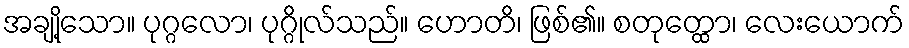
အချို့သော။ ပုဂ္ဂလော၊ ပုဂ္ဂိုလ်သည်။ ဟောတိ၊ ဖြစ်၏။ စတုတ္ထော၊ လေးယောက်